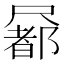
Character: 𡳢